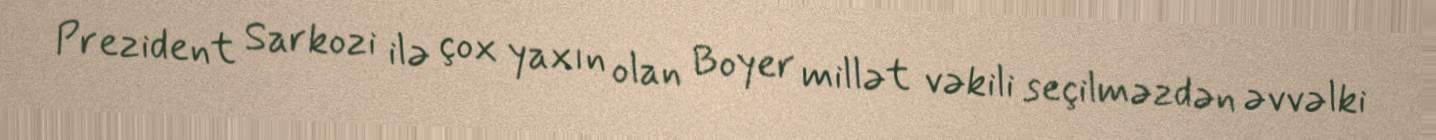
Prezident Sarkozi ilə çox yaxın olan Boyer millət vəkili seçilməzdən əvvəlki